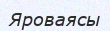
Яроваясы